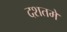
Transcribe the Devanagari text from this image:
दशतमे